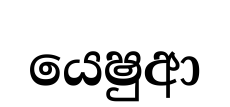
යෙෂුආ